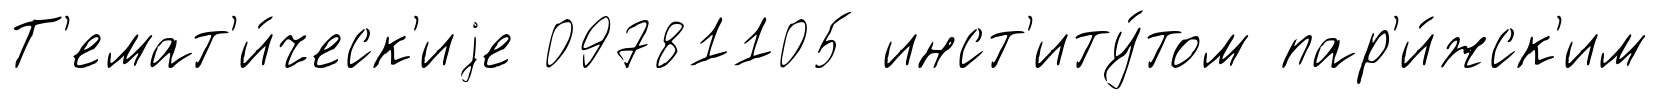
Т'емат'и́ческ'иjе 09781105 инст'иту́том пар'и́жск'им